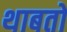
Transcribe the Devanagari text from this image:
थाबतो